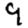
Digit: 9